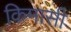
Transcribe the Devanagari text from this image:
किमासी